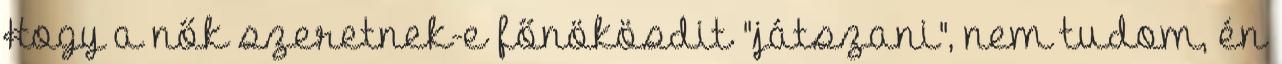
Hogy a nők szeretnek-e főnökösdit "játszani", nem tudom, én